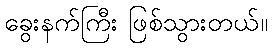
ခွေးနက်ကြီး ဖြစ်သွားတယ်။